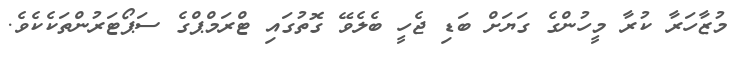
މުޒާހަރާ ކުރާ މީހުންގެ ގަޔަށް ބަޑި ޖެހީ ބެލެވޭ ގޮތުގައި ޓްރަމްޕްގެ ސަޕޯޓަރުންތަކެކެވެ.